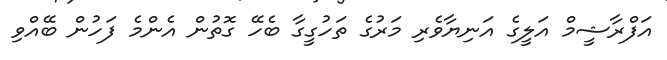
އަފްރާޝީމް އަލީގެ އަނިޔާވެރި މަރުގެ ތަހުގީގާ ބެހޭ ގޮތުން އެންމެ ފަހުން ބޭއްވި